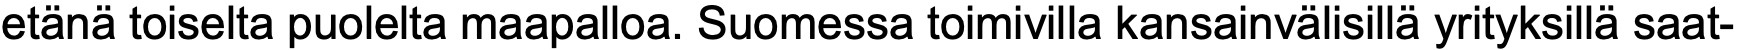
etänä toiselta puolelta maapalloa. Suomessa toimivilla kansainvälisillä yrityksillä saat-